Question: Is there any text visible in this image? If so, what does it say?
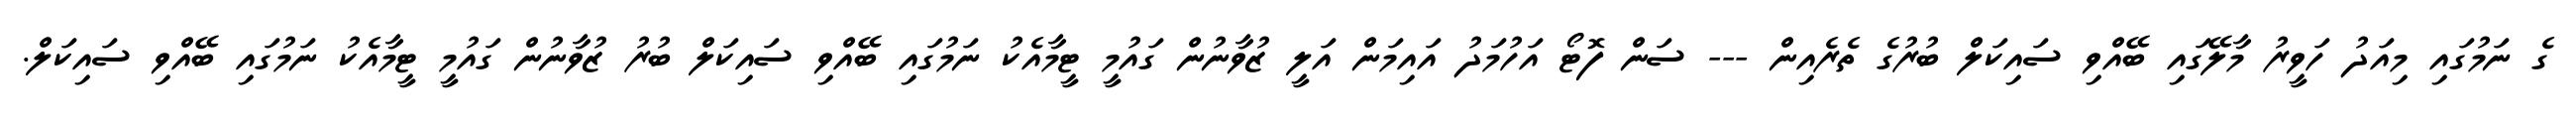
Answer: ގެ ނަމުގައި މިއަދު ހަވީރު މާލޭގައި ބޭއްވި ސައިކަލް ބުރުގެ ތެރެއިން --- ސަން ފޮޓޯ އަހުމަދު އައިމަން އަލީ ޒުވާނުން ގައުމީ ޓީމާއެކު ނަމުގައި ބޭއްވި ސައިކަލް ބުރު ޒުވާނުން ގައުމީ ޓީމާއެކު ނަމުގައި ބޭއްވި ސައިކަލް.